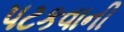
પટકવાની